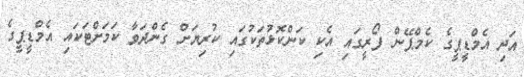
އަދި އެމްޑީޕީގެ ކެމްޕޭން ފޯރީގައި އެކި ކަންކޮޅުތަކުގައި ކުރިޔަށް ގެންދަވާ ކަމަށްޓަކައި އެމްޑީޕީގެ